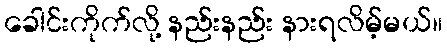
ခေါင်းကိုက်လို့ နည်းနည်း နားရလိမ့်မယ်။